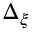
\Delta _ { \xi }